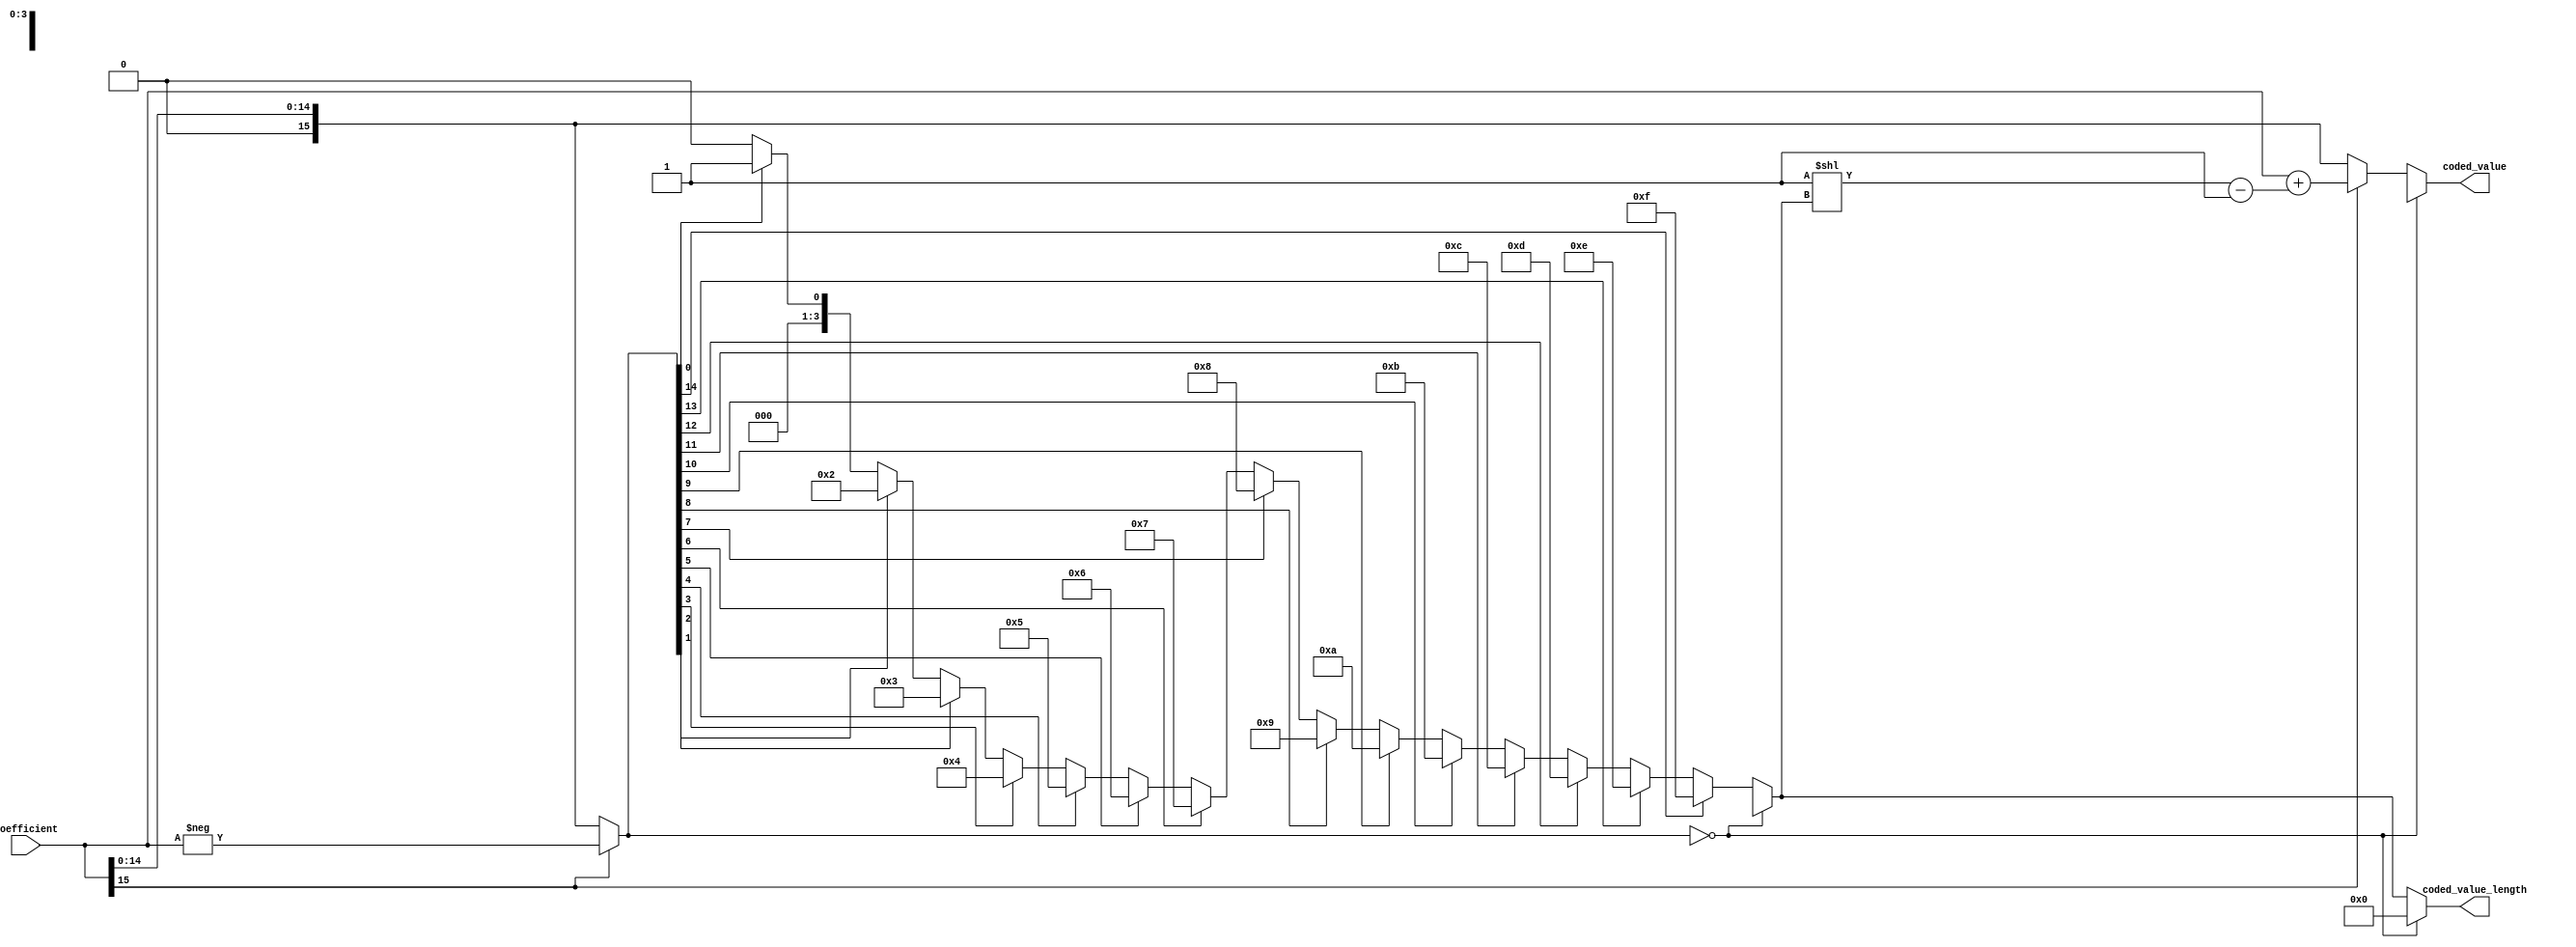
// This program was cloned from: https://github.com/johnMamish/jfpjc
// License: MIT License

`timescale 1ns/100ps

/**
 * Last paragraph of F.1.2.1.1 tells us how to convert coefficient values to coded values
 *
 * length = 1, values [ -1,  -1] --> [  0,   0]
 *             values [  1,   1] --> [  1,   1]
 *
 * length = 2, values [ -3,  -2] --> [  0,   1]
 *             values [  2,   3] --> [  2,   3]
 *
 * length = 3, values [ -7,  -4] --> [  0,   3]
 *             values [  4,   7] --> [  4,   7]
 *
 */
module coefficient_encoder(input signed [15:0] coefficient,
                           output reg [15:0] coded_value,
                           output reg  [3:0] coded_value_length);
    reg [15:0] absolute_value;

    always @* begin
        absolute_value = (coefficient[15] == 1'b1) ? (-coefficient) : (coefficient);
    end

    integer i;
    always @* begin
        if (absolute_value == 16'h0) begin
            coded_value = 16'hxxxx;
            coded_value_length = 4'h0;
        end else begin
            coded_value_length = 'h0;

            // just gonna unroll this loop myself? yosys complains about the index variable i being
            // an inferred latch...
            coded_value_length = 0;
            if (absolute_value[0]) coded_value_length = 1;
            if (absolute_value[1]) coded_value_length = 2;
            if (absolute_value[2]) coded_value_length = 3;
            if (absolute_value[3]) coded_value_length = 4;
            if (absolute_value[4]) coded_value_length = 5;
            if (absolute_value[5]) coded_value_length = 6;
            if (absolute_value[6]) coded_value_length = 7;
            if (absolute_value[7]) coded_value_length = 8;
            if (absolute_value[8]) coded_value_length = 9;
            if (absolute_value[9]) coded_value_length = 10;
            if (absolute_value[10]) coded_value_length = 11;
            if (absolute_value[11]) coded_value_length = 12;
            if (absolute_value[12]) coded_value_length = 13;
            if (absolute_value[13]) coded_value_length = 14;
            if (absolute_value[14]) coded_value_length = 15;

            if (coefficient[15]) begin
                coded_value = coefficient + ((1 << coded_value_length) - 16'h1);
            end else begin
                coded_value = coefficient;
            end
        end
    end
endmodule